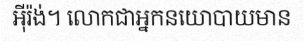
អ៊ីរ៉ង់។ លោកជាអ្នកនយោបាយមាន